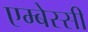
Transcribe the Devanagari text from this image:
एम्बेस्सी